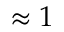
\approx 1